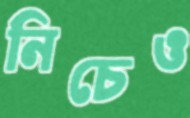
নিচেও